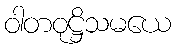
ဝါတဝုဋ္ဌိသမယေ